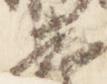
畏